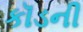
કૉડની